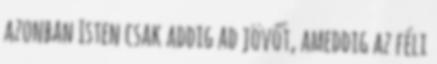
azonban Isten csak addig ad jövőt, ameddig az féli